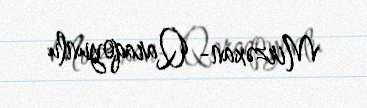
Mirzəxan- Qaraqoyunlu